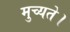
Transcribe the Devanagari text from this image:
मुच्यते।